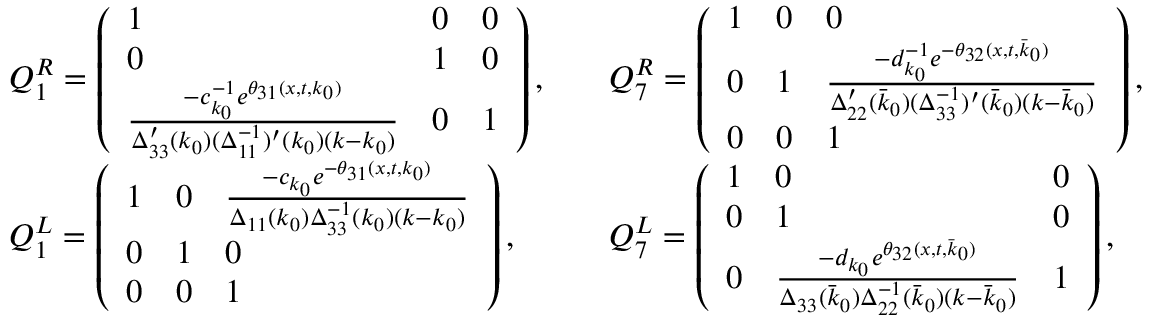
\begin{array} { r l r l } & { Q _ { 1 } ^ { R } = \left( \begin{array} { l l l } { 1 } & { 0 } & { 0 } \\ { 0 } & { 1 } & { 0 } \\ { \frac { - c _ { k _ { 0 } } ^ { - 1 } e ^ { \theta _ { 3 1 } ( x , t , k _ { 0 } ) } } { \Delta _ { 3 3 } ^ { \prime } ( k _ { 0 } ) ( \Delta _ { 1 1 } ^ { - 1 } ) ^ { \prime } ( k _ { 0 } ) ( k - k _ { 0 } ) } } & { 0 } & { 1 } \end{array} \right) , } & & { Q _ { 7 } ^ { R } = \left( \begin{array} { l l l } { 1 } & { 0 } & { 0 } \\ { 0 } & { 1 } & { \frac { - d _ { k _ { 0 } } ^ { - 1 } e ^ { - \theta _ { 3 2 } ( x , t , \bar { k } _ { 0 } ) } } { \Delta _ { 2 2 } ^ { \prime } ( \bar { k } _ { 0 } ) ( \Delta _ { 3 3 } ^ { - 1 } ) ^ { \prime } ( \bar { k } _ { 0 } ) ( k - \bar { k } _ { 0 } ) } } \\ { 0 } & { 0 } & { 1 } \end{array} \right) , } \\ & { Q _ { 1 } ^ { L } = \left( \begin{array} { l l l } { 1 } & { 0 } & { \frac { - c _ { k _ { 0 } } e ^ { - \theta _ { 3 1 } ( x , t , k _ { 0 } ) } } { \Delta _ { 1 1 } ( k _ { 0 } ) \Delta _ { 3 3 } ^ { - 1 } ( k _ { 0 } ) ( k - k _ { 0 } ) } } \\ { 0 } & { 1 } & { 0 } \\ { 0 } & { 0 } & { 1 } \end{array} \right) , } & & { Q _ { 7 } ^ { L } = \left( \begin{array} { l l l } { 1 } & { 0 } & { 0 } \\ { 0 } & { 1 } & { 0 } \\ { 0 } & { \frac { - d _ { k _ { 0 } } e ^ { \theta _ { 3 2 } ( x , t , \bar { k } _ { 0 } ) } } { \Delta _ { 3 3 } ( \bar { k } _ { 0 } ) \Delta _ { 2 2 } ^ { - 1 } ( \bar { k } _ { 0 } ) ( k - \bar { k } _ { 0 } ) } } & { 1 } \end{array} \right) , } \end{array}